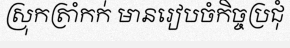
ស្រុកត្រាំកក់ មានរៀបចំកិច្ចប្រជុំ